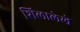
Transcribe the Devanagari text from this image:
शिलालेखे